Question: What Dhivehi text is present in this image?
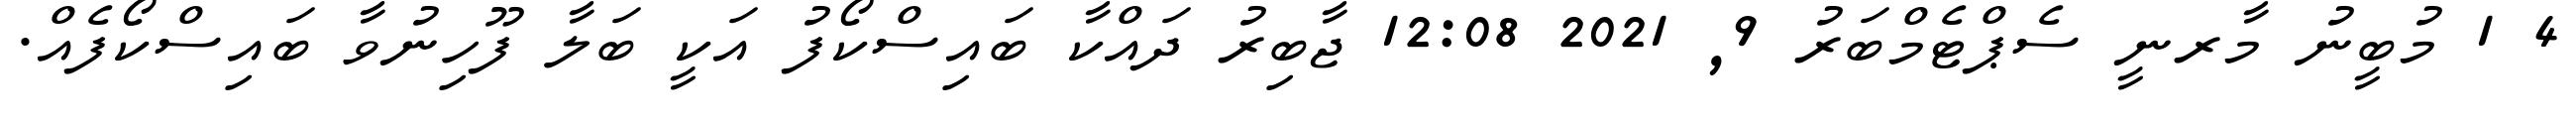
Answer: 4 1 މުބީނު މާރނީ ސެޕްޓެމްބަރު 9, 2021 12:08 ޖާބިރު ދައްކާ ބައިސްކޯފު އަކީ ބަލާ ފޫހިނުވާ ބައިސްކޯފެއް.